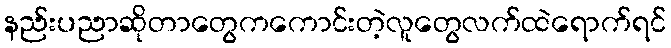
နည်းပညာဆိုတာတွေကကောင်းတဲ့လူတွေလက်ထဲရောက်ရင်